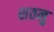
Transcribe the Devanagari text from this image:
शतनु